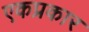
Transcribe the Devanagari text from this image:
एकप्रकार